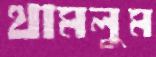
থামলুম